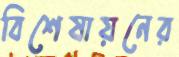
বিশেষায়নের